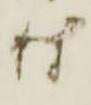
付